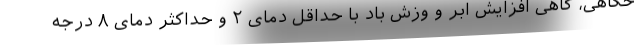
حگاهی، گاهی افزایش ابر و وزش باد با حداقل دمای ۲ و حداکثر دمای ۸ درجه